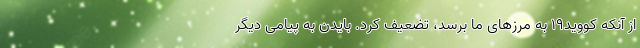
از آنکه کووید۱۹ به مرز‌های ما برسد، تضعیف کرد. بایدن به پیامی دیگر